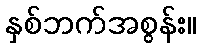
နှစ်ဘက်အစွန်း။